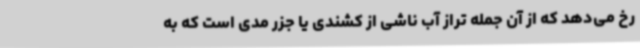
رخ می‌دهد که از آن جمله تراز آب ناشی از کشندی یا جزر مدی است که به